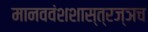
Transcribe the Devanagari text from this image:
मानववंशशास्त्रज्ञच